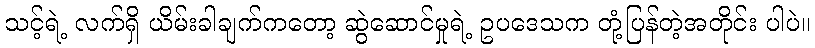
သင့်ရဲ့ လက်ရှိ ယိမ်းခါချက်ကတော့ ဆွဲဆောင်မှုရဲ့ ဥပဒေသက တုံ့ပြန်တဲ့အတိုင်း ပါပဲ။